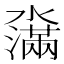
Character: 濷